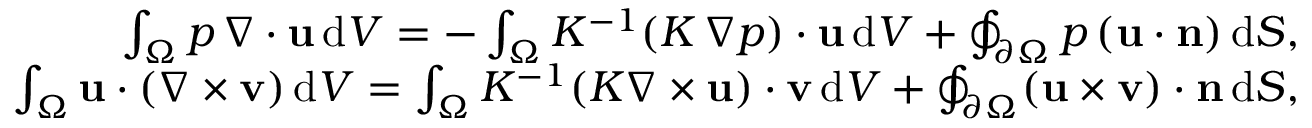
\begin{array} { r l r } & { } & { \int _ { \Omega } p \, \nabla \cdot { \mathbf u } \, \mathrm { d } V = - \int _ { \Omega } K ^ { - 1 } ( K \, \nabla p ) \cdot \mathbf { u } \, \mathrm { d } V + \oint _ { \partial \Omega } p \, ( \mathbf { u } \cdot \mathbf { n } ) \, \mathrm { d } S , } \\ & { } & { \int _ { \Omega } \mathbf { u } \cdot ( \nabla \times \mathbf { v } ) \, \mathrm { d } V = \int _ { \Omega } K ^ { - 1 } ( K \nabla \times \mathbf { u } ) \cdot \mathbf { v } \, \mathrm { d } V + \oint _ { \partial \Omega } ( \mathbf { u } \times \mathbf { v } ) \cdot \mathbf { n } \, \mathrm { d } S , } \end{array}